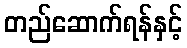
တည်ဆောက်ရန်နှင့်